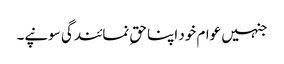
جنہیں عوام خود اپنا حقِ نمائندگی سونپے۔